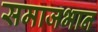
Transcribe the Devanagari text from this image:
समाजभान